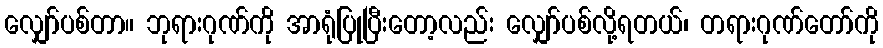
လျှော်ပစ်တာ။ ဘုရားဂုဏ်ကို အာရုံပြုပြီးတော့လည်း လျှော်ပစ်လို့ရတယ်၊ တရားဂုဏ်တော်ကို